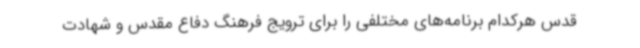
قدس هرکدام برنامه‌های مختلفی را برای ترویج فرهنگ دفاع مقدس و شهادت